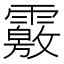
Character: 𩅢